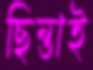
ছিন্তাই